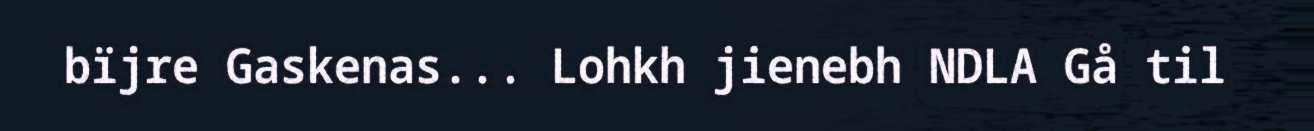
bïjre Gaskenas... Lohkh jienebh NDLA Gå til